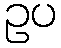
ဥပ